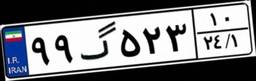
۹۹گ۵۲۳۱۰